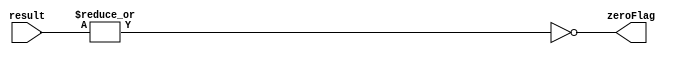
//Jack Gentsch, Jacky Wang, Chinh Bui
//EE 469, Dr. Peckol 4/15/16
//A simple 32-bit zero detect module, implemented with 2-input NAND and NOR gates
module zeroDetect (zeroFlag, result);
	output zeroFlag;
	input [31:0] result;
	
	assign zeroFlag = ~| result;
	
	/*
	wire [15:0] connect0;
	wire [7:0] connect1;
	wire [3:0] connect2;
	wire [1:0] connect3;
	*/
	
	
	//assign connect0[0] = result[0] | result[1];
	/*
	genvar i;
	generate for (i = 0; i < 16; i = i + 1) begin : first_row_ZD
		assign connect0[i] = result[(2*i + 1)] ~| result[(2*i)];
	end endgenerate
	
	genvar j;
	generate for (j = 0; j < 8; j = j + 1) begin : second_row_ZD
		assign connect1[j] = connect0[2*j + 1] ~& connect0[2*j];
	end endgenerate
	
	genvar k;
	generate for (k = 0; k < 4; k = k + 1) begin : third_row_ZD
		assign connect1[k] = connect1[2*k + 1] ~| connect1[2*k];
	end endgenerate

	genvar l;
	generate for (l = 0; l < 2; l = l + 1) begin : fourth_row_ZD
		assign connect2[l] = connect2[2*l + 1] ~& connect2[2*l];
	end endgenerate

	assign connect3[1] = connect2[3] ~& connect2[2];
	assign connect3[0] = connect2[1] ~& connect2[0];
	*/
	/*
	assign connect0[15:0] = result[31] ~| result[30];
	assign connect1[7:0] = connect0[15] ~& connect0[14];
	assign connect2[3:0] = connect1[7] ~| connect[6];
	assign connect3[1:0] = connect2[3] ~& connect2[2];
	*/
	//assign zeroFlag = connect3[1] ~| connect3[0];
	
endmodule